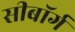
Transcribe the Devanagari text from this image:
सीबॉर्ग